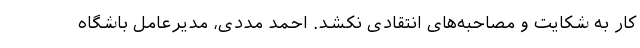
کار به شکایت و مصاحبه‌های انتقادی نکشد. احمد مددی، مدیرعامل باشگاه